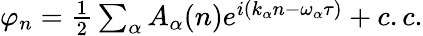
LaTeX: \begin{array}{r}{\varphi_{n}=\frac{1}{2}\sum_{\alpha}A_{\alpha}(n)e^{i(k_{\alpha}n-\omega_{\alpha}\tau)}+c.c.}\end{array}